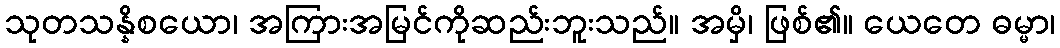
သုတသန္နိစယော၊ အကြားအမြင်ကိုဆည်းဘူးသည်။ အမှိ၊ ဖြစ်၏။ ယေတေ ဓမ္မာ၊